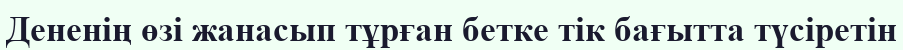
Дененің өзі жанасып тұрған бетке тік бағытта түсіретін